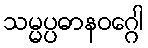
သမ္မပ္ပဓာနဝဂ္ဂေါ